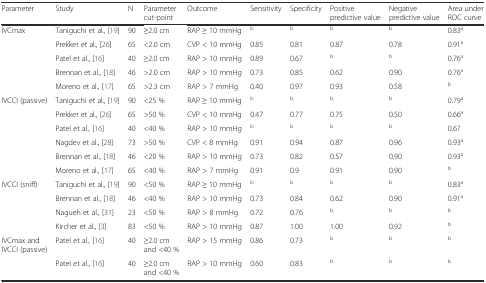
<table><thead><tr><td><b>Parameter</b></td><td><b>Study</b></td><td><b>N</b></td><td><b>Parameter cut-point</b></td><td><b>Outcome</b></td><td><b>Sensitivity</b></td><td><b>Specificity</b></td><td><b>Positive predictive value</b></td><td><b>Negative predictive value</b></td><td><b>Area under ROC curve</b></td></tr></thead><tbody><tr><td rowspan="5">IVCmax</td><td>Taniguchi et al., [19]</td><td>90</td><td>≥2.0 cm</td><td>RAP ≥ 10 mmHg</td><td><sup>b</sup></td><td><sup>b</sup></td><td><sup>b</sup></td><td><sup>b</sup></td><td>0.83<sup>a</sup></td></tr><tr><td>Prekker et al., [26]</td><td>65</td><td>&lt;2.0 cm</td><td>CVP &lt; 10 mmHg</td><td>0.85</td><td>0.81</td><td>0.87</td><td>0.78</td><td>0.91<sup>a</sup></td></tr><tr><td>Patel et al., [16]</td><td>40</td><td>≥2.0 cm</td><td>RAP &gt; 10 mmHg</td><td>0.89</td><td>0.67</td><td><sup>b</sup></td><td><sup>b</sup></td><td>0.76<sup>a</sup></td></tr><tr><td>Brennan et al., [18]</td><td>46</td><td>&gt;2.0 cm</td><td>RAP &gt; 10 mmHg</td><td>0.73</td><td>0.85</td><td>0.62</td><td>0.90</td><td>0.76<sup>a</sup></td></tr><tr><td>Moreno et al., [17]</td><td>65</td><td>&gt;2.3 cm</td><td>RAP &gt; 7 mmHg</td><td>0.40</td><td>0.97</td><td>0.93</td><td>0.58</td><td><sup>b</sup></td></tr><tr><td rowspan="6">IVCCI (passive)</td><td>Taniguchi et al., [19]</td><td>90</td><td>&lt;25 %</td><td>RAP ≥ 10 mmHg</td><td><sup>b</sup></td><td><sup>b</sup></td><td><sup>b</sup></td><td><sup>b</sup></td><td>0.79<sup>a</sup></td></tr><tr><td>Prekker et al., [26]</td><td>65</td><td>&gt;50 %</td><td>CVP &lt; 10 mmHg</td><td>0.47</td><td>0.77</td><td>0.75</td><td>0.50</td><td>0.66<sup>a</sup></td></tr><tr><td>Patel et al., [16]</td><td>40</td><td>&lt;40 %</td><td>RAP &gt; 10 mmHg</td><td><sup>b</sup></td><td><sup>b</sup></td><td><sup>b</sup></td><td><sup>b</sup></td><td>0.67</td></tr><tr><td>Nagdev et al., [28]</td><td>73</td><td>&gt;50 %</td><td>CVP &lt; 8 mmHg</td><td>0.91</td><td>0.94</td><td>0.87</td><td>0.96</td><td>0.93<sup>a</sup></td></tr><tr><td>Brennan et al., [18]</td><td>46</td><td>&lt;20 %</td><td>RAP &gt; 10 mmHg</td><td>0.73</td><td>0.82</td><td>0.57</td><td>0.90</td><td>0.93<sup>a</sup></td></tr><tr><td>Moreno et al., [17]</td><td>65</td><td>&lt;40 %</td><td>RAP &gt; 7 mmHg</td><td>0.91</td><td>0.9</td><td>0.91</td><td>0.90</td><td><sup>b</sup></td></tr><tr><td rowspan="4">IVCCI (sniff)</td><td>Taniguchi et al., [19]</td><td>90</td><td>&lt;50 %</td><td>RAP ≥ 10 mmHg</td><td><sup>b</sup></td><td><sup>b</sup></td><td><sup>b</sup></td><td><sup>b</sup></td><td>0.83<sup>a</sup></td></tr><tr><td>Brennan et al., [18]</td><td>46</td><td>&lt;40 %</td><td>RAP &gt; 10 mmHg</td><td>0.73</td><td>0.84</td><td>0.62</td><td>0.90</td><td>0.91<sup>a</sup></td></tr><tr><td>Nagueh et al., [31]</td><td>23</td><td>&lt;50 %</td><td>RAP &gt; 8 mmHg</td><td>0.72</td><td>0.76</td><td><sup>b</sup></td><td><sup>b</sup></td><td><sup>b</sup></td></tr><tr><td>Kircher et al., [3]</td><td>83</td><td>&lt;50 %</td><td>RAP &gt; 10 mmHg</td><td>0.87</td><td>1.00</td><td>1.00</td><td>0.92</td><td><sup>b</sup></td></tr><tr><td rowspan="2">IVCmax and IVCCI (passive)</td><td>Patel et al., [16]</td><td>40</td><td>≥2.0 cm and &lt;40 %</td><td>RAP &gt; 15 mmHg</td><td>0.86</td><td>0.73</td><td><sup>b</sup></td><td><sup>b</sup></td><td><sup>b</sup></td></tr><tr><td>Patel et al., [16]</td><td>40</td><td>≥2.0 cm and &lt;40 %</td><td>RAP &gt; 10 mmHg</td><td>0.60</td><td>0.83</td><td><sup>b</sup></td><td><sup>b</sup></td><td><sup>b</sup></td></tr></tbody></table>